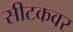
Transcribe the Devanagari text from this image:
सीटकवर